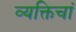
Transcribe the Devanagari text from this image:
व्यक्तिचां